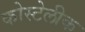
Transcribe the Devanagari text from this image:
कोस्टेलीक